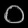
Digit: ၀